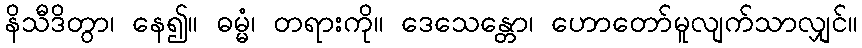
နိသီဒိတွာ၊ နေ၍။ ဓမ္မံ၊ တရားကို။ ဒေသေန္တော၊ ဟောတော်မူလျက်သာလျှင်။